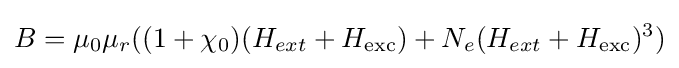
B=\mu _{0}\mu _{r}((1+\chi _{0})(H_{ext}+H_{\text{exc}})+N_{e}(H_{ext}+H_{\text{exc}})^{3})